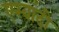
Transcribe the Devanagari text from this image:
एखांदी